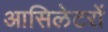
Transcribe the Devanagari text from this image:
आसिलेटरों